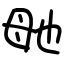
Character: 毑